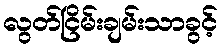
လွတ်ငြိမ်းချမ်းသာခွင့်